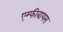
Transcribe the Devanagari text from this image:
एम्फीबायस